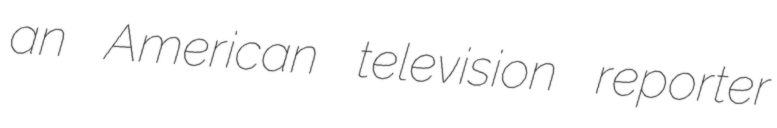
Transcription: an American television reporter